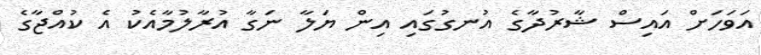
އަވަހަށް އައިސް ޝާރުދާގެ އުނގުގައި އިން ޔަލާ ނަގާ އުރާލުމާއެކު އެ ކުއްޖާގެ